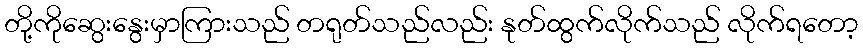
တို့ကိုဆွေးနွေးမှာကြားသည် တရုတ်သည်လည်း နုတ်ထွက်လိုက်သည် လိုက်ရတော့